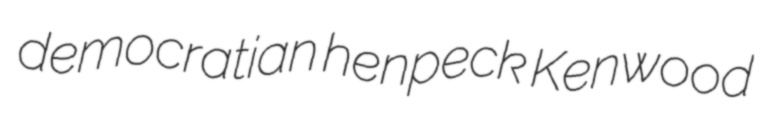
democratian henpeck Kenwood